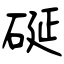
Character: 硟